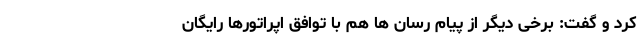
کرد و گفت: برخی دیگر از پیام رسان ها هم با توافق اپراتورها رایگان